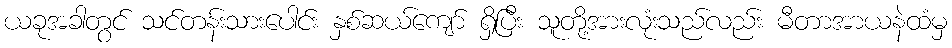
ယခုအခါတွင် သင်တန်းသားပေါင်း နှစ်ဆယ်ကျော် ရှိပြီး သူတို့အားလုံးသည်လည်း မီတာအာယနဲထံမှ